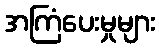
အကြံပေးမှုများ